Indian journal of veterinary science and animal husbandry - Volumes 18-21, 1948-1951
Year: 1948
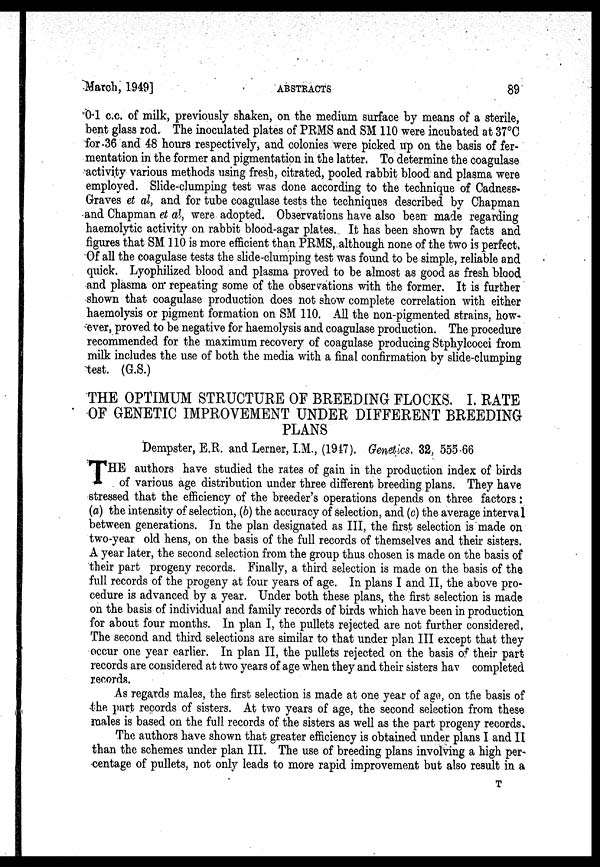
March, 1949]
ABSTRACTS
89
0.1 c.c. of milk, previously shaken, on the medium surface by means of a sterile,
bent glass rod. The inoculated plates of PRMS and SM 110 were incubated at 37ºC
for 36 and 48 hours respectively, and colonies were picked up on the basis of fer-
mentation in the former and pigmentation in the latter. To determine the coagulase
activity various methods using fresh, citrated, pooled rabbit blood and plasma were
employed. Slide-clumping test was done according to the technique of Cadness-
Graves et al, and for tube coagulase tests the techniques described by Chapman
and Chapman et al, were adopted. Observations have also been made regarding
haemolytic activity on rabbit blood-agar plates. It has been shown by facts and
figures that SM 110 is more efficient than PRMS, although none of the two is perfect.
Of all the coagulase tests the slide-clumping test was found to be simple, reliable and
quick. Lyophilized blood and plasma proved to be almost as good as fresh blood
and plasma on repeating some of the observations with the former. It is further
shown that coagulase production does not show complete correlation with either
haemolysis or pigment formation on SM 110. All the non-pigmented strains, how-
ever, proved to be negative for haemolysis and coagulase production. The procedure
recommended for the maximum recovery of coagulase producing Stphylcocci from
milk includes the use of both the media with a final confirmation by slide-clumping
test. (G.S.)
THE OPTIMUM STRUCTURE OF BREEDING FLOCKS. I. RATE
OF GENETIC IMPROVEMENT UNDER DIFFERENT BREEDING
PLANS
Dempster, E.R. and Lerner, I.M., (1947). Genetics. 32, 555-66
T HE authors have studied the rates of gain in the production index of birds
of various age distribution under three different breeding plans. They have
stressed that the efficiency of the breeder's operations depends on three factors:
(a) the intensity of selection, (b) the accuracy of selection, and (c) the average interval
between generations. In the plan designated as III, the first selection is made on
two-year old hens, on the basis of the full records of themselves and their sisters.
A year later, the second selection from the group thus chosen is made on the basis of
their part progeny records. Finally, a third selection is made on the basis of the
full records of the progeny at four years of age. In plans I and II, the above pro-
cedure is advanced by a year. Under both these plans, the first selection is made
on the basis of individual and family records of birds which have been in production
for about four months. In plan I, the pullets rejected are not further considered.
The second and third selections are similar to that under plan III except that they
occur one year earlier. In plan II, the pullets rejected on the basis of their part
records are considered at two years of age when they and their sisters hay completed
records.
As regards males, the first selection is made at one year of age, on the basis of
the part records of sisters. At two years of age, the second selection from these
males is based on the full records of the sisters as well as the part progeny records.
The authors have shown that greater efficiency is obtained under plans I and II
than the schemes under plan III. The use of breeding plans involving a high per-
centage of pullets, not only leads to more rapid improvement but also result in a
T